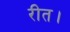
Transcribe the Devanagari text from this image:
रीत।